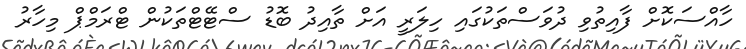
ހާއްސަކޮށް ފާއިތުވި ދުވަސްތަކުގައި ހިލަރީ އަށް ތާއިދު ބޮޑު ސްޓޭޓްތަކުން ޓްރަމްޕް މިހާރު